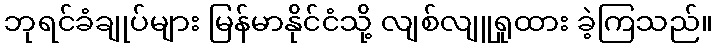
ဘုရင်ခံချုပ်များ မြန်မာနိုင်ငံသို့ လျစ်လျူရှုထား ခဲ့ကြသည်။